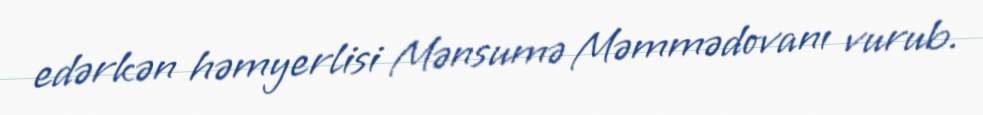
edərkən həmyerlisi Mənsumə Məmmədovanı vurub.